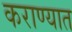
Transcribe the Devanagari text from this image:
कराण्यात